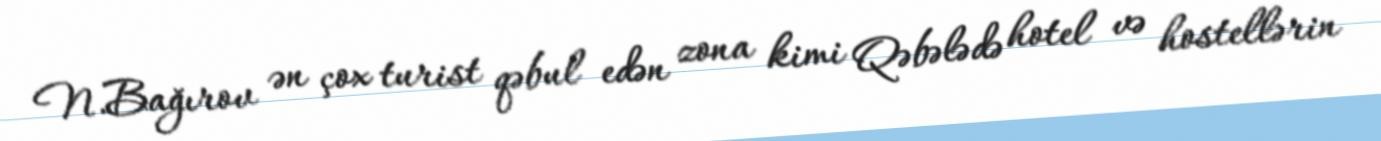
N.Bağırov ən çox turist qəbul edən zona kimi Qəbələdə hotel və hostellərin